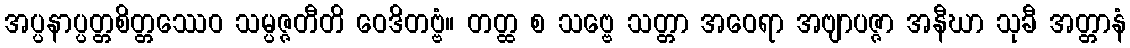
အပ္ပနာပ္ပတ္တစိတ္တဿေဝ သမ္ပဇ္ဇတီတိ ဝေဒိတဗ္ဗံ။ တတ္ထ စ သဗ္ဗေ သတ္တာ အဝေရာ အဗျာပဇ္ဇာ အနီဃာ သုခီ အတ္တာနံ